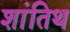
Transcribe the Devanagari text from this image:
शांतिथ